Annual administration report of the Civil Veterinary Department of India - 1895-1896
Year: 1895
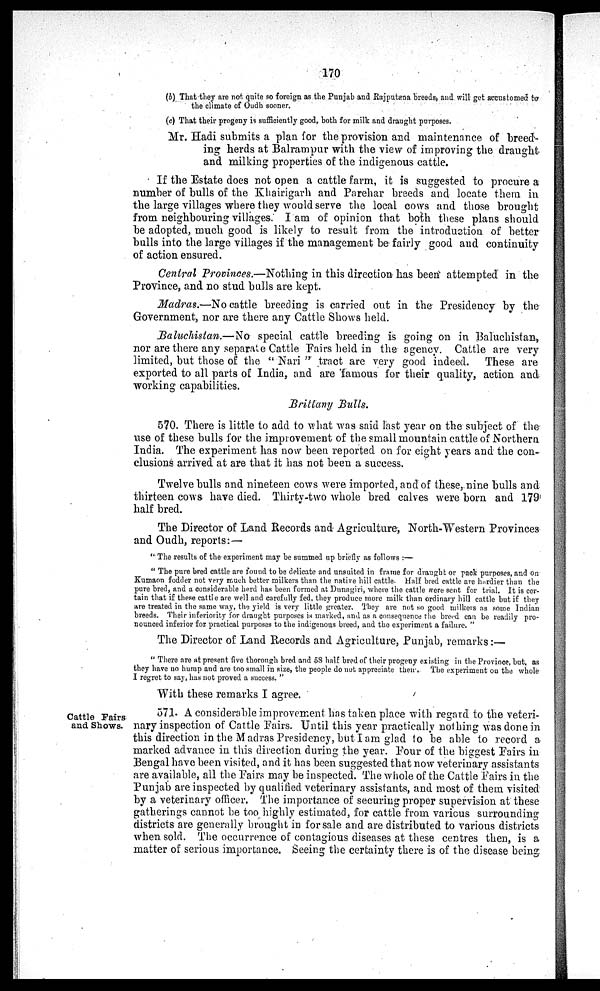
170
(b) That they are not quite so foreign as the Punjab and Rajputana breeds, and will get accustomed to
the climate of Oudh sooner.
(c) That their progeny is sufficiently good, both for milk and draught purposes.
Mr. Hadi submits a plan for the provision and maintenance of breed-
ing herds at Balrampur with the view of improving the draught
and milking properties of the indigenous cattle.
If the Estate does not open a cattle farm, it is suggested to procure a
number of bulls of the Khairigarh and Parehar breeds and locate them in
the large villages where they would serve the local cows and those brought
from neighbouring villages. I am of opinion that both these plans should
be adopted, much good is likely to result from the introduction of better
bulls into the large villages if the management be fairly good and continuity
of action ensured.
Central Provinces.—Nothing in this direction has been attempted in the
Province, and no stud bulls are kept.
Madras.—No cattle breeding is carried out in the Presidency by the
Government, nor are there any Cattle Shows held.
Baluchistan.—No special cattle breeding is going on in Baluchistan,
nor are there any separate Cattle Pairs held in the agency. Cattle are very
limited, but those of the "Nari" tract are very good indeed. These are
exported to all parts of India, and are famous for their quality, action and
working capabilities.
Brittany Suits.
570. There is little to add to what was said last year on the subject of the
use of these bulls for the improvement of the small mountain cattle of Northern
India. The experiment has now been reported on for eight years and the con-
clusions arrived at are that it has not been a success.
Twelve bulls and nineteen cows were imported, and of these, nine bulls and
thirteen cows have died. Thirty-two whole bred calves were born and 179
half bred.
The Director of Land Records and Agriculture, North-Western Provinces
and Oudh, reports:—
"The results of the experiment may be summed up briefly as follows:—
"The pure bred cattle are found to be delicate and unsuited in frame for draught or pack purposes, and on
Kumaon fodder not very much better milkers than the native hill cattle. Half bred cattle are hardier than the
pure bred, and a considerable herd has been formed at Dunagiri, where the cattle were sent for trial. It is cer-
tain that if these cattle are well and carefully fed, they produce more milk than ordinary hill cattle but if they
are treated in the same way, the yield is very little greater. They are not so good milkers as some Indian
breeds. Their inferiority for draught purposes is marked, and as a consequence the breed can be readily pro-
nounced inferior for practical purposes to the indigenous breed, and the experiment a failure."
The Director of Land Records and Agriculture, Punjab, remarks:—
"There are at present five thorough bred and 58 half bred of their progeny existing in the Province, but, as
they have no hump and are too small in size, the people do not appreciate their. The experiment on the whole
I regret to say, has not proved a success."
With these remarks I agree.
Cattle Fairs
and Shows.
571. A considerable improvement has taken place with regard to the veteri-
nary inspection of Cattle Pairs. Until this year practically nothing was done in
this direction in the Madras Presidency, but I am glad to be able to record a
marked advance in this direction during the year. Four of the biggest Pairs in
Bengal have been visited, and it has been suggested that now veterinary assistants
are available, all the Pairs may be inspected. The whole of the Cattle Pairs in the
Punjab are inspected by qualified veterinary assistants, and most of them visited
by a veterinary officer. The importance of securing proper supervision at these
gatherings cannot be too highly estimated, for cattle from various surrounding
districts are generally brought in for sale and are distributed to various districts
when sold. The occurrence of contagious diseases at these centres then, is a
matter of serious importance. Seeing the certainty there is of the disease being